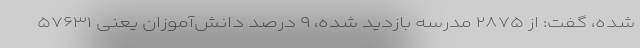
شده، گفت: از ۲۸۷۵ مدرسه بازدید شده، ۹ درصد دانش‌آموزان یعنی ۵۷۶۳۱